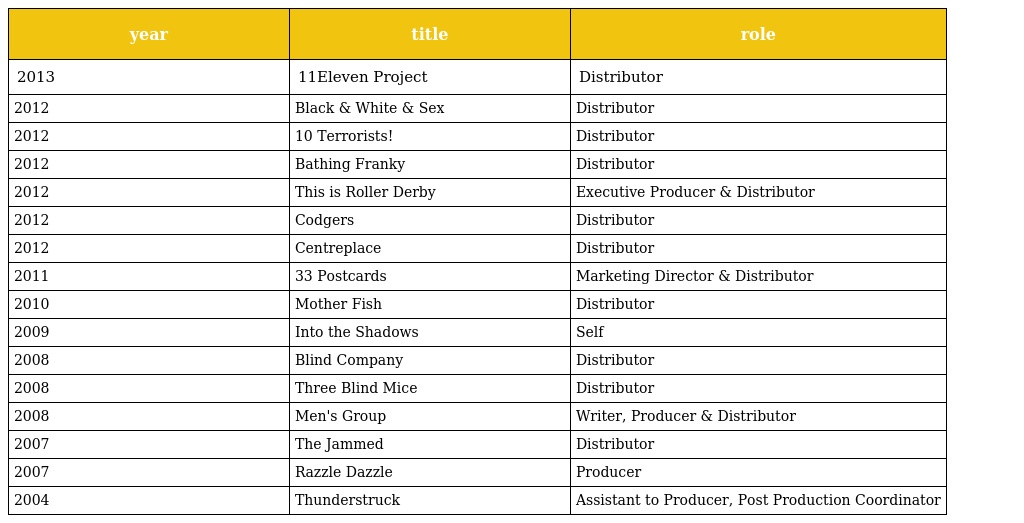
| year | title | role |
 | --- | --- | --- |
 | 2013 | 11Eleven Project | Distributor |
 | 2012 | Black & White & Sex | Distributor |
 | 2012 | 10 Terrorists! | Distributor |
 | 2012 | Bathing Franky | Distributor |
 | 2012 | This is Roller Derby | Executive Producer & Distributor |
 | 2012 | Codgers | Distributor |
 | 2012 | Centreplace | Distributor |
 | 2011 | 33 Postcards | Marketing Director & Distributor |
 | 2010 | Mother Fish | Distributor |
 | 2009 | Into the Shadows | Self |
 | 2008 | Blind Company | Distributor |
 | 2008 | Three Blind Mice | Distributor |
 | 2008 | Men's Group | Writer, Producer & Distributor |
 | 2007 | The Jammed | Distributor |
 | 2007 | Razzle Dazzle | Producer |
 | 2004 | Thunderstruck | Assistant to Producer, Post Production Coordinator |